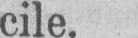
cile.